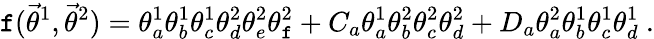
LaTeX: \mathtt{f}({\vec{{\theta}}}^{1},{\vec{{\theta}}}^{2})=\theta_{a}^{1}\theta_{b}^{1}\theta_{c}^{1}\theta_{d}^{2}\theta_{e}^{2}\theta_{\mathtt{f}}^{2}+C_{a}\theta_{a}^{1}\theta_{b}^{2}\theta_{c}^{2}\theta_{d}^{2}+D_{a}\theta_{a}^{2}\theta_{b}^{1}\theta_{c}^{1}\theta_{d}^{1}\ .